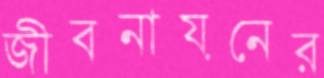
জীবনায়নের